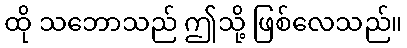
ထို သဘောသည် ဤသို့ ဖြစ်လေသည်။